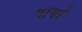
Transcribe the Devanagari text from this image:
गागरे